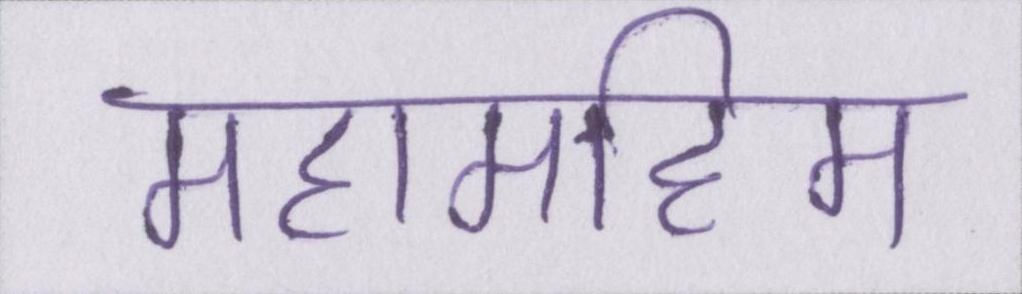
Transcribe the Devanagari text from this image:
महामहिम